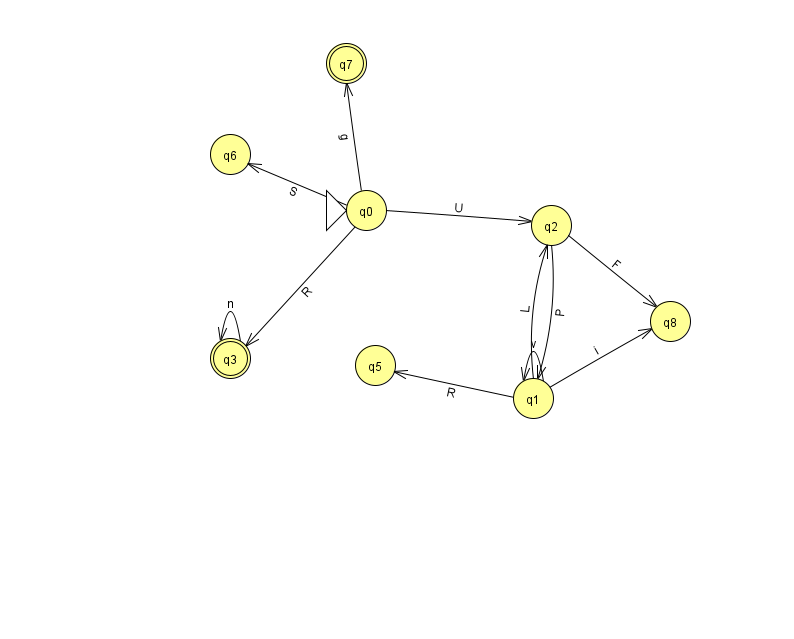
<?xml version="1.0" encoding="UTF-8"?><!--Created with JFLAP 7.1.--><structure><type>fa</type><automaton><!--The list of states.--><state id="0" name="q0"><x>366.0</x><y>197.0</y><initial/></state><state id="1" name="q1"><x>533.0</x><y>385.0</y></state><state id="2" name="q2"><x>551.0</x><y>212.0</y></state><state id="3" name="q3"><x>230.0</x><y>345.0</y><final/></state><state id="5" name="q5"><x>375.0</x><y>352.0</y></state><state id="6" name="q6"><x>230.0</x><y>141.0</y></state><state id="7" name="q7"><x>346.0</x><y>50.0</y><final/></state><state id="8" name="q8"><x>670.0</x><y>308.0</y></state><!--The list of transitions.--><transition><from>0</from><to>7</to><read>g</read></transition><transition><from>0</from><to>2</to><read>U</read></transition><transition><from>1</from><to>8</to><read>i</read></transition><transition><from>1</from><to>1</to><read>v</read></transition><transition><from>1</from><to>5</to><read>R</read></transition><transition><from>2</from><to>1</to><read>P</read></transition><transition><from>0</from><to>3</to><read>R</read></transition><transition><from>2</from><to>8</to><read>F</read></transition><transition><from>1</from><to>2</to><read>L</read></transition><transition><from>0</from><to>6</to><read>S</read></transition><transition><from>3</from><to>3</to><read>n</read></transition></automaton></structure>